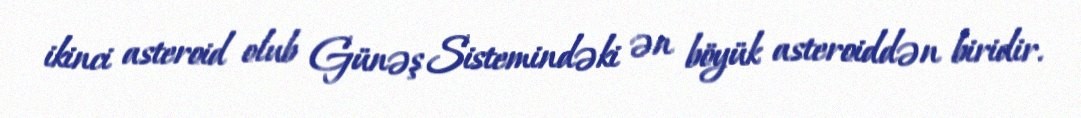
ikinci asteroid olub Günəş Sistemindəki ən böyük asteroiddən biridir.